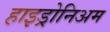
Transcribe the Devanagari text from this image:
हाइड्रोनिअम